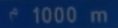
^{\circ}1000\